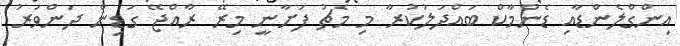
އިންގްލެންޑާއި ޑެންމާކް ބައްދަލުކުރާ މި މެޗު ފަށާނީ މިރޭ ރާއްޖޭ ގަޑިން ދަންވަރު